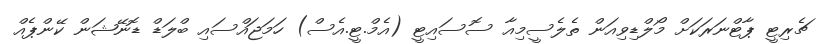
ޗެރިޓީ ޕާޓްނަރަކަށް މޯލްޑިވިއަން ތެލެސީމިއާ ސޮސައިޓީ (އެމް.ޓީ.އެސް) ހަމަޖައްސައި ބްލަޑް ޑޮނޭޝަން ކޭންޕެއް